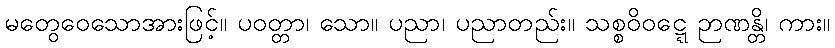
မတွေဝေသောအားဖြင့်။ ပဝတ္တာ၊ သော။ ပညာ၊ ပညာတည်း။ သစ္စဝိဝဋ္ဋေ ဉာဏန္တိ၊ ကား။